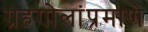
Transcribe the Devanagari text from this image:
ग्रहगोलांप्रमाणे